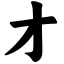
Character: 才